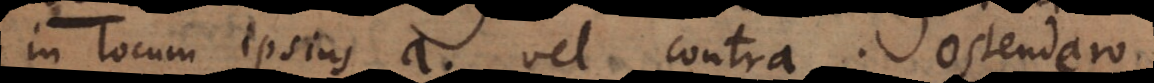
in locum ipsius a vel contra. Ostendero